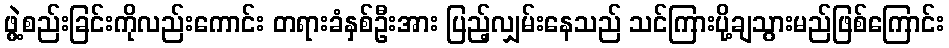
ဖွဲ့စည်းခြင်းကိုလည်းကောင်း တရားခံနှစ်ဦးအား ပြည့်လျှမ်းနေသည် သင်ကြားပို့ချသွားမည်ဖြစ်ကြောင်း